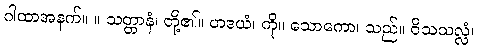
ဂါထာအနက်။ ။ သတ္တာနံ၊ တို့၏။ ဟဒယံ၊ ကို။ သောကော၊ သည်။ ဝိသသလ္လံ၊